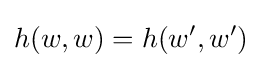
h(w,w)=h(w',w')